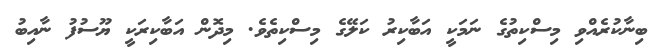
ބިނާކުރެއްވި މިސްކިތުގެ ނަމަކީ އަބާކިރު ކަލޭގެ މިސްކިތެވެ. މިދޮން އަބާކިރަކީ ޔޫސުފު ނާއިބު